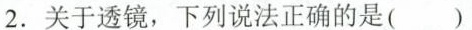
2.关于透镜，下列说法正确的是()